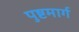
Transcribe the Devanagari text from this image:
पुष्टमार्ग